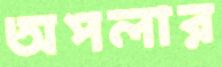
অপলার